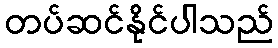
တပ်ဆင်နိုင်ပါသည်